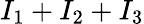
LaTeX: I_{1}+I_{2}+I_{3}